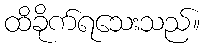
ထိခိုက်ရသေးသည်။